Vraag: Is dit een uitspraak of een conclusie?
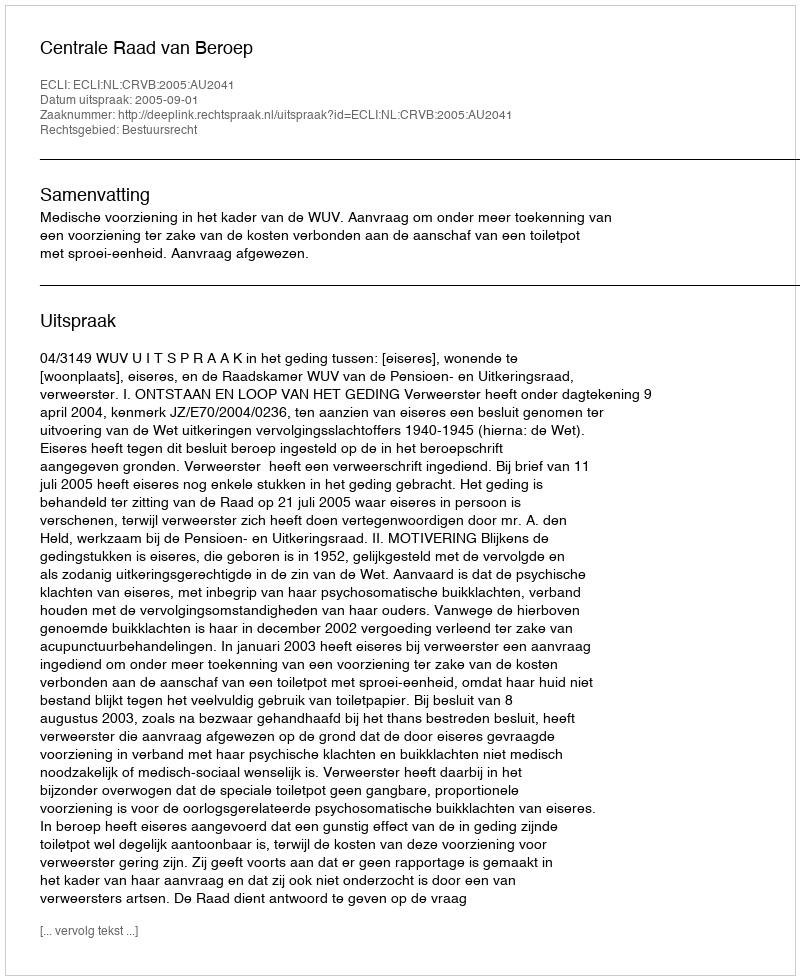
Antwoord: Uitspraak